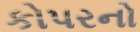
કોપરનો